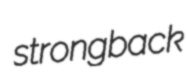
strongback